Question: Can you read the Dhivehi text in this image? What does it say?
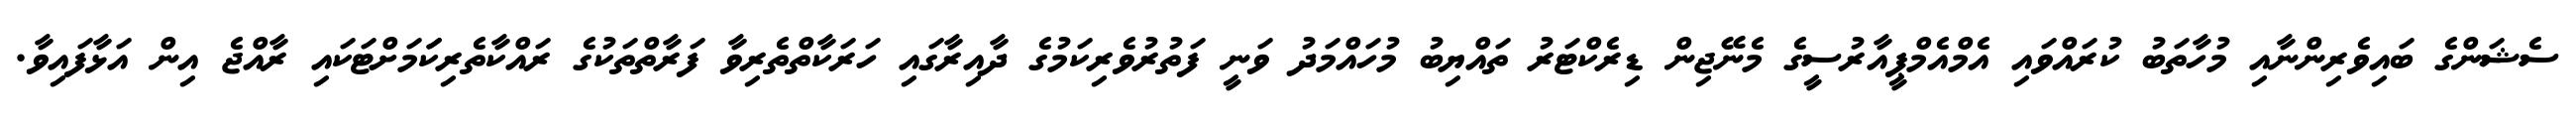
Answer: ސެޝަންގެ ބައިވެރިންނާއި މުހާތަބު ކުރައްވައި އެމްއެމްޕީއާރުސީގެ މެނޭޖިން ޑިރެކްޓަރު ތައްޔިބު މުހައްމަދު ވަނީ ފަތުރުވެރިކަމުގެ ދާއިރާގައި ހަރަކާތްތެރިވާ ފަރާތްތަކުގެ ރައްކާތެރިކަަމަށްޓަކައި ރާއްޖެ އިން އަޅާފައިވާ.